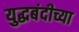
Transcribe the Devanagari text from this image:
युद्धबंदीच्या